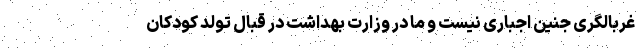
غربالگری جنین اجباری نیست و ما در وزارت بهداشت در قبال تولد کودکان